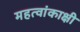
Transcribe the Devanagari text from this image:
महत्वांकाक्षी